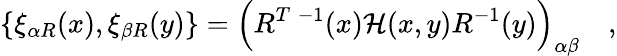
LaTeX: \{ \xi_{\alpha R}(x),\xi_{\beta R}(y)\} =\Bigl(R^{T\; -1}(x){\cal H}(x,y)R^{-1}(y)\Bigr)_{\alpha\beta}\quad,